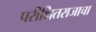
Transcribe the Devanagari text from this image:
परीक्षितराजाचा